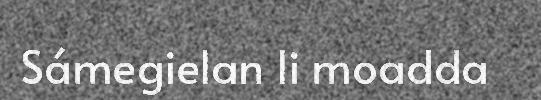
Sámegielan li moadda